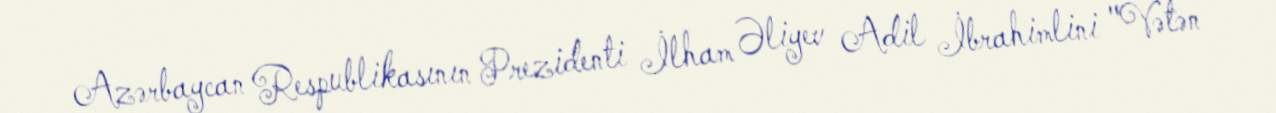
Azərbaycan Respublikasının Prezidenti İlham Əliyev Adil İbrahimlini "Vətən